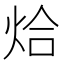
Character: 烚